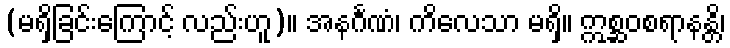
(မရှိခြင်းကြောင့် လည်းဟူ)။ အနင်္ဂဏံ၊ ကိလေသာ မရှိ။ ဣစ္ဆဝစရာနန္တိ၊